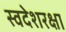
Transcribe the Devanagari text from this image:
स्वदेशरक्षा